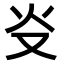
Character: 𤆌